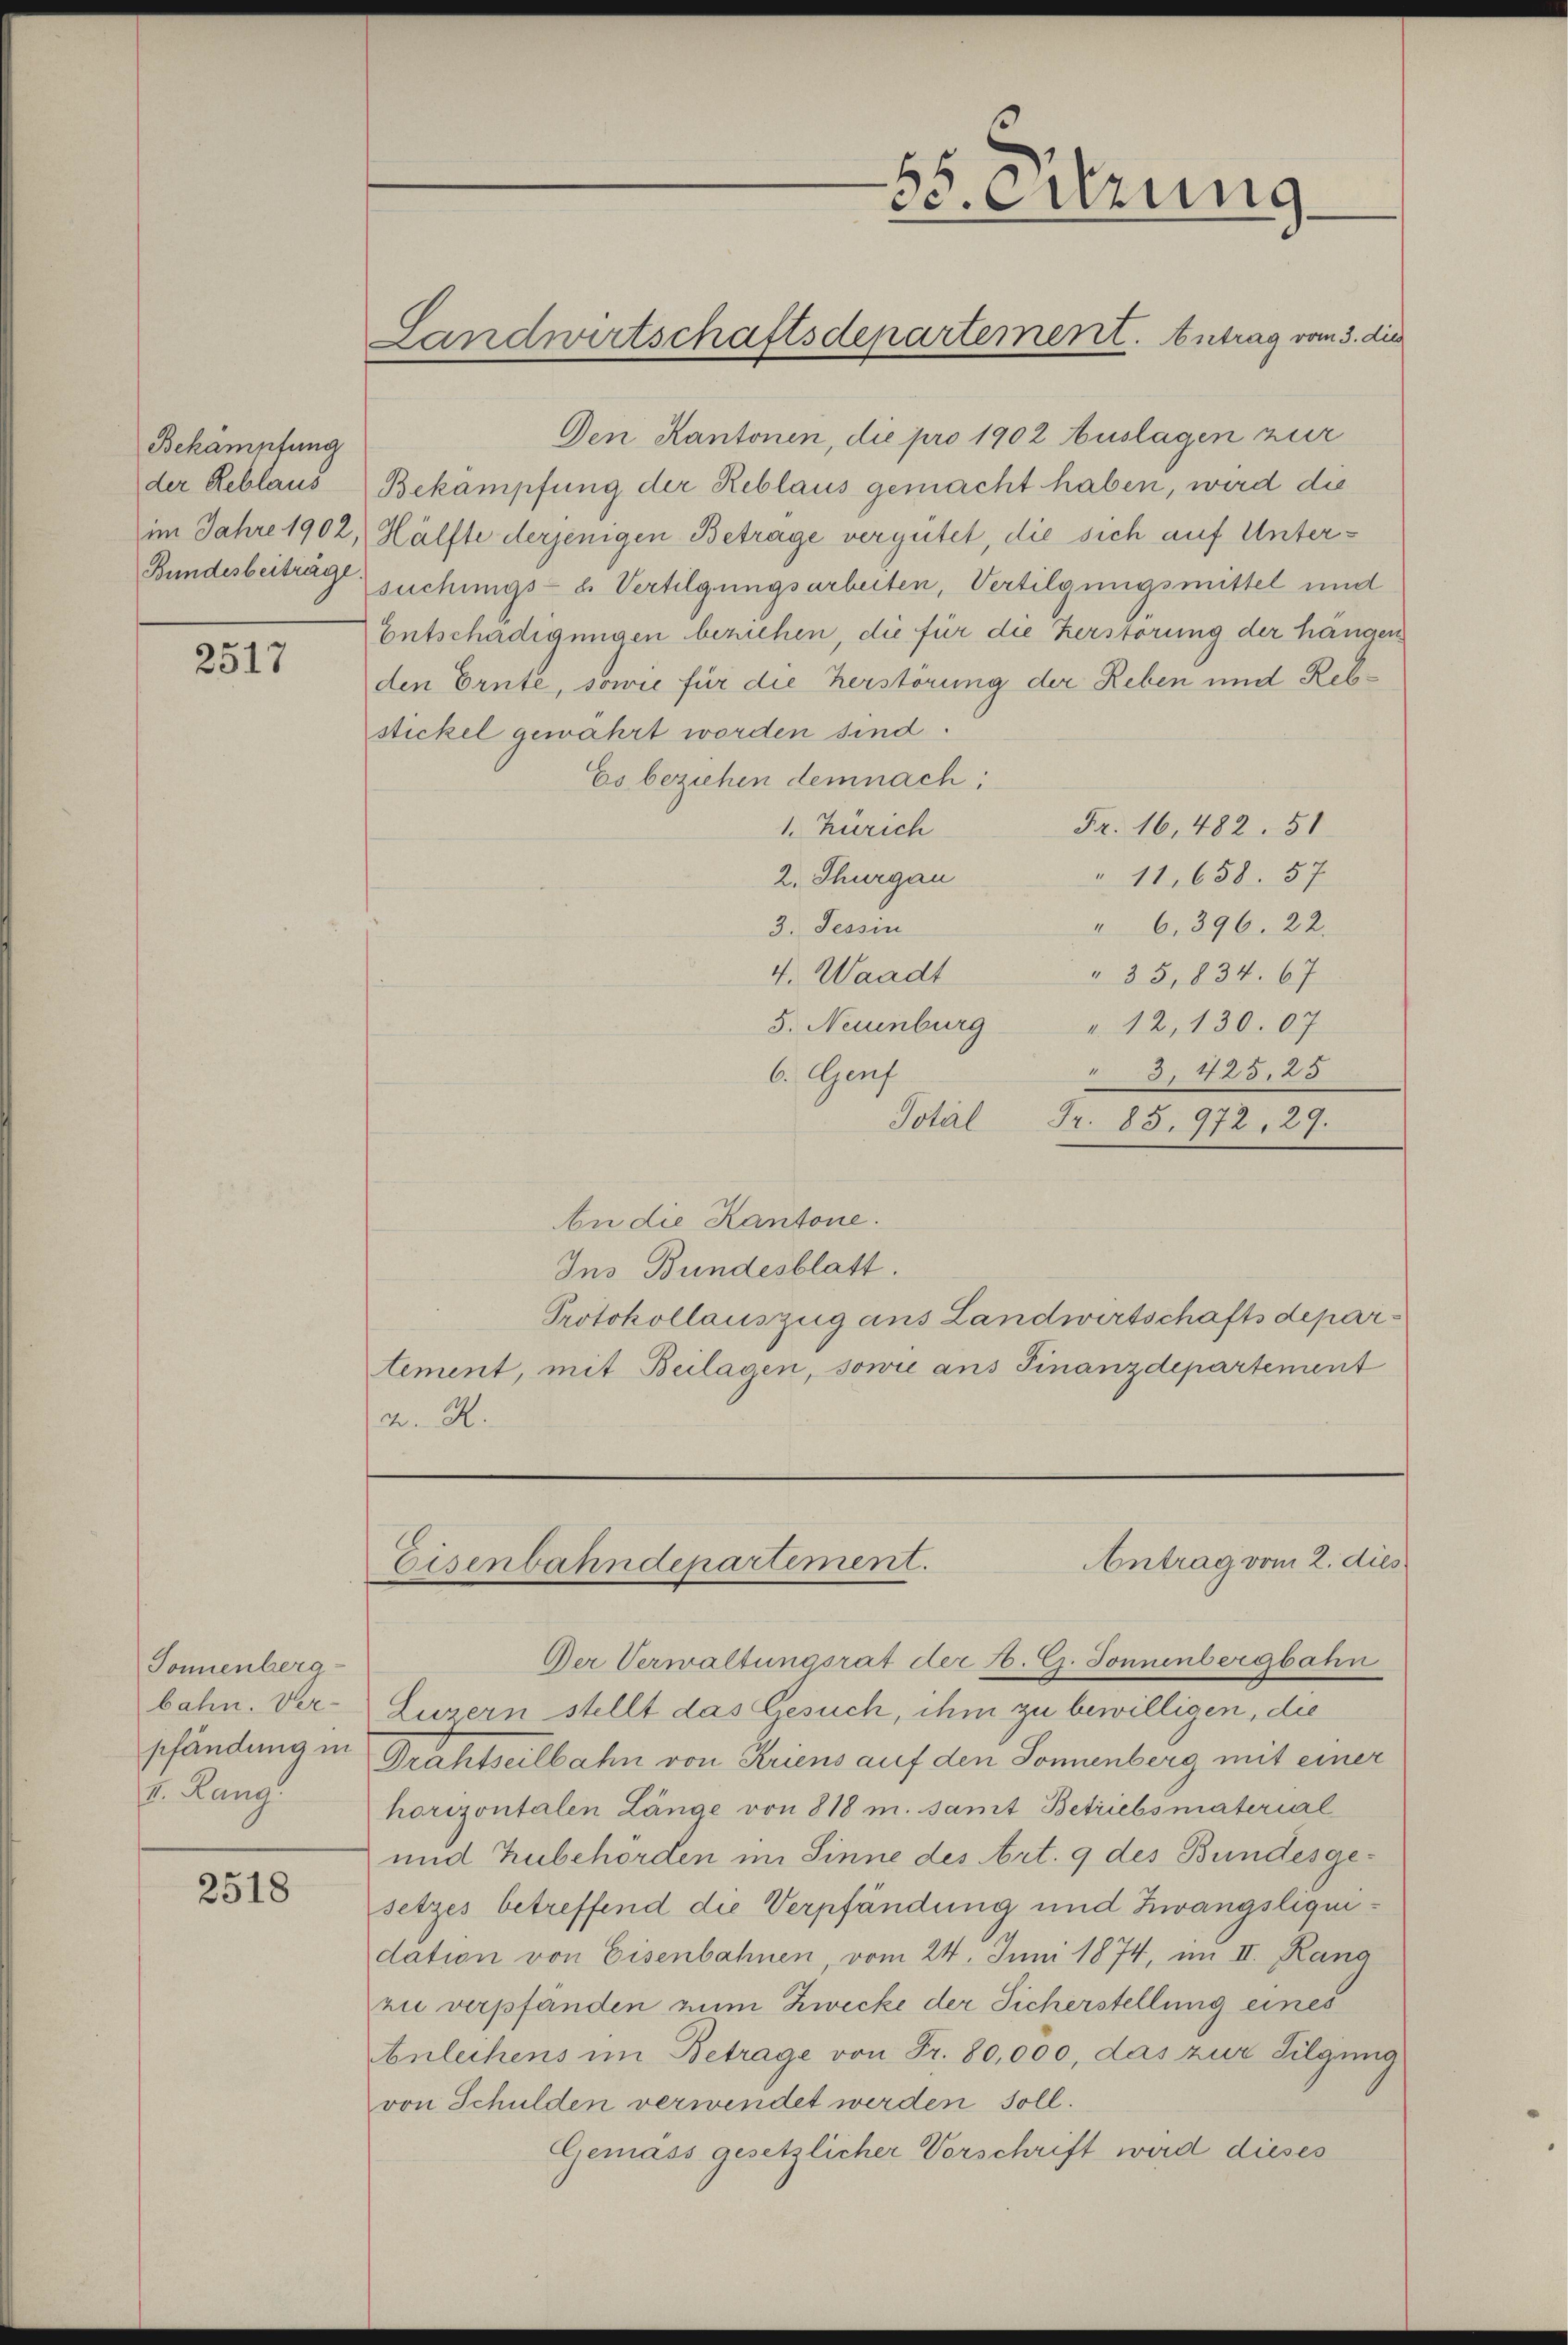
Bekamutung
der Reblaus
im Jahre 1902,
Bundesberträge

2517

Tonnenberg-
bahn. Ver-
pfändung in
v. Rang.

2518

Landwirtschaftsdepartement. Antrag vom 3. die

55. Sitzung

Den Kantonen, die pro 1902 Auslagen zur
Bekampfung der Reblaus gemacht haben, wird die
Hälfte derjenigen Betrage vergütet, die sich auf Untersuchungs- u. Vertilgungsarbeiten, Vertilgungsmittel und
Entschädigungen beruhen, die für die Zerstörung der hangen
den Ernte, sowie für die herstörung der Reben und Rebstickel gewahrt worden sind.
Es beziehen demnach:
Fr. 16,482. 51
1. Zürich
" 11,658. 57
2. Thurgau
" 6. 396. 22.
3. Tessin
4. Waadt
" 35,834. 67
5. Neuenburg " 12, 130. 07
3, 425, 25
6. Genf
Total
Fr. 85. 972, 29.
An die Kantone.
Ins Bundesblatt.
Protokollauszug aus Landwirtschaftsdepartement, mit Beilagen, sowie aus Finanzdepartement
A. R.

Antrag vom 2. dies
Eisenbahndepartement.

Der Verwaltungsrat der A. G. Sonnenbergbahn
Luzern stellt das Gesuch, ihm zu bewilligen, die
Drahtseilbahn von Kriens auf den Sonnenberg mit einer
horizontalen Länge von 818 m. samt Betriebsmaterial
und Zubehörden im Sinne des Art. 9 des Bundesgesetzes betreffend die Verpfändung und Zwangsliquidation von Eisenbahnen, vom 24. Juni 1874, im II. Kana
zu verpfänden zum Zwecke der Sicherstellung eines
bnleihens im Betrage von Fr. 80,000, das zur Tilgung
von Schulden verwendet werden soll.
Gemäss gesetzlicher Vorschrift wird dieses